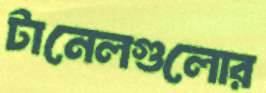
টানেলগুলোর